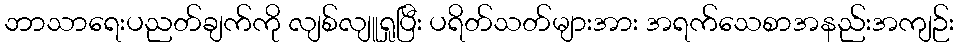
ဘာသာရေးပညတ်ချက်ကို လျစ်လျူရှုပြီး ပရိတ်သတ်များအား အရက်သေစာအနည်းအကျဉ်း